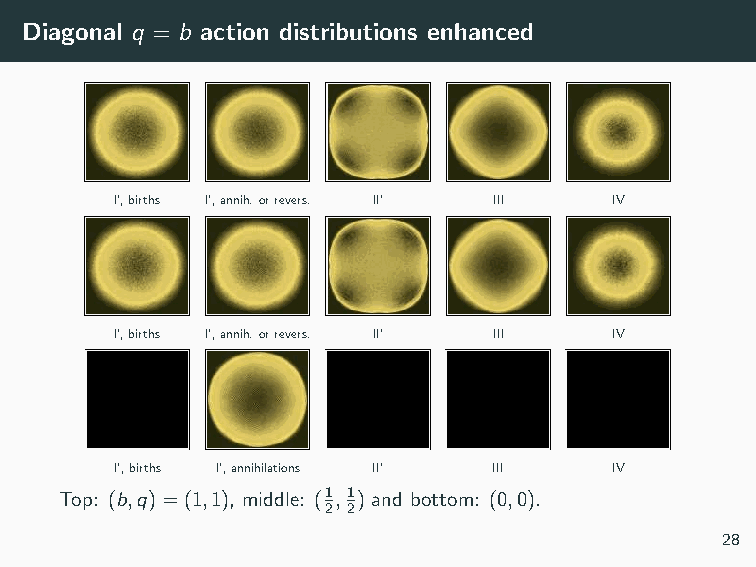
Diagonal q = b action distributions enhanced
 I’,births I’,annih.orrevers. II’ III IV
 I’,births I’,annih.orrevers. II’ III IV
 I’,births I’,annihilations II’ III IV
 Top: (b,q)=(1,1), middle: (1,1) and bottom: (0,0).
 2 2
 28